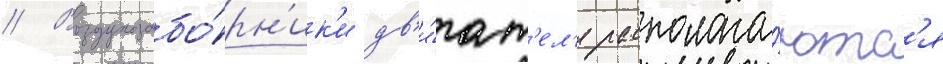
// Воздухозабо́рн'ик'и дв'и́гат'ел'я располага́ютс'я